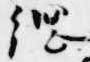
綱